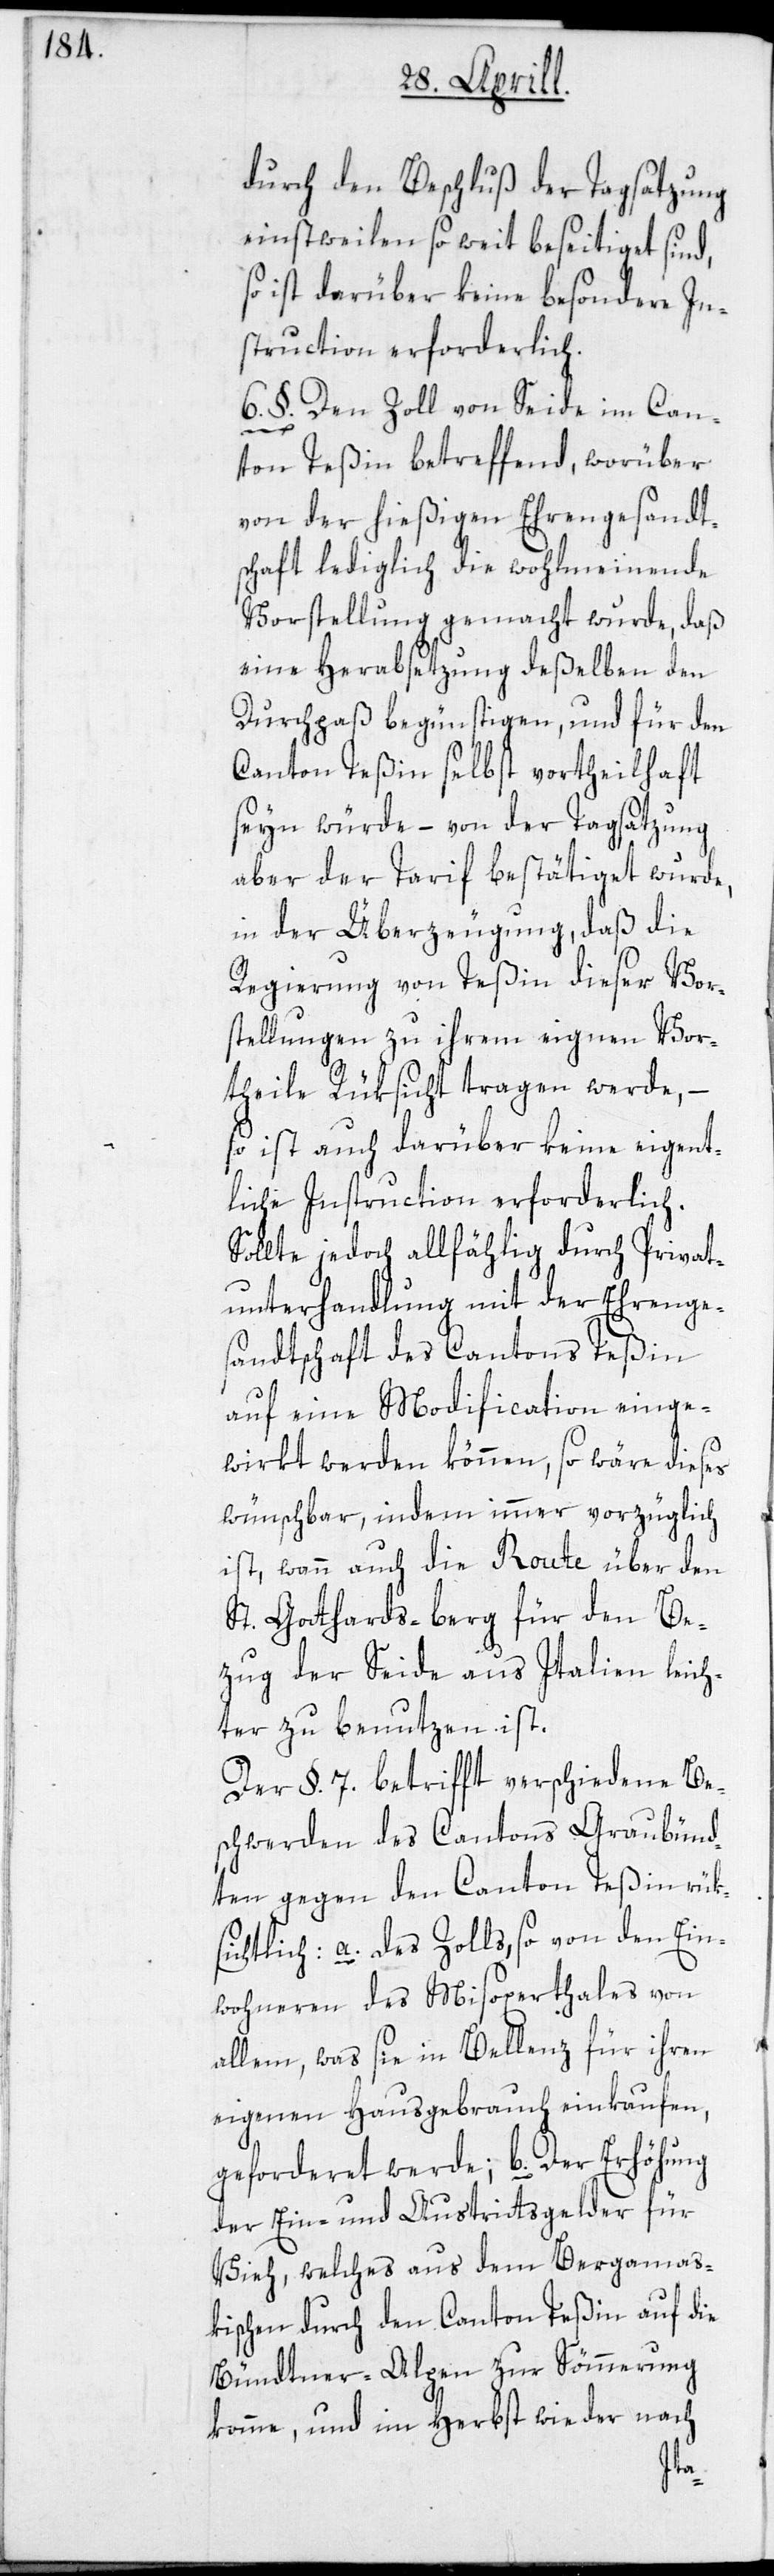
durch den Beschluß der Tagsatzung
einstweilen so weit beseitiget sind,
so ist darüber keine besondere In¬
struction erforderlich.
6. §. Den Zoll von Seide im Can¬
ton Teßin betreffend, worüber
von der hießigen Ehrengesandt¬
schaft lediglich die wohlmeinende
Vorstellung gemacht wurde, daß
eine Herabsetzung deßelben den
Durchpaß begünstigen, und für den
Canton Teßin selbst vortheilhaft
seyn würde – von der Tagsatzung
aber der Tarif bestätiget wurde,
in der Überzeugung, daß die
Regierung von Teßin dieser Vor¬
stellungen zu ihrem eignen Vor¬
theile Rüksicht tragen werde, –
so ist auch darüber keine eigent¬
liche Instruction erforderlich.
Sollte jedoch allfählig durch Privat¬
unterhandlung mit der Ehrenge¬
sandtschaft des Cantons Teßin
auf eine Modification einge¬
wirkt werden können, so wäre dieses
wünschbar, indem immer vorzüglich
ist, wann auch die Route über den
St. Gotthards-berg für den Be¬
zug der Seide aus Italien leich¬
ter zu benutzen ist.
Der §. 7. betrifft verschiedene Be¬
schwerden des Cantons Graubünd¬
ten gegen den Canton Teßin rük¬
sichtlich: a. des Zolls, so von den Ein¬
wohneren des Misoxerthales von
allem, was sie in Bellenz für ihren
eigenen Hausgebrauch einkaufen,
geforderet werde; b. Der Erhöhung
der Ein- und Austrittsgelder für
Vieh, welches aus dem Bergamas¬
kischen durch den Canton Teßin auf die
Bündtner-Alpen zur Sömmerung
komme, und im Herbst wieder nach